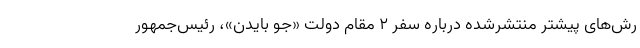
رش‌های پیشتر منتشرشده درباره سفر ۲ مقام دولت «جو بایدن»، رئیس‌جمهور